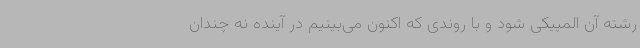
رشته آن المپیکی شود و با روندی که اکنون می‌بینیم در آینده نه چندان